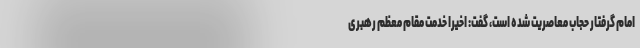
امام گرفتار حجاب معاصریت شده است، گفت: اخیرا خدمت مقام معظم رهبری